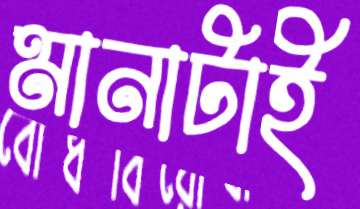
মানাটাই